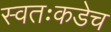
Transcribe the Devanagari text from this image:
स्वतःकडेच